NASA-UAP-D7, Skylab Techincal Crew Debriefing 1973
Page 9
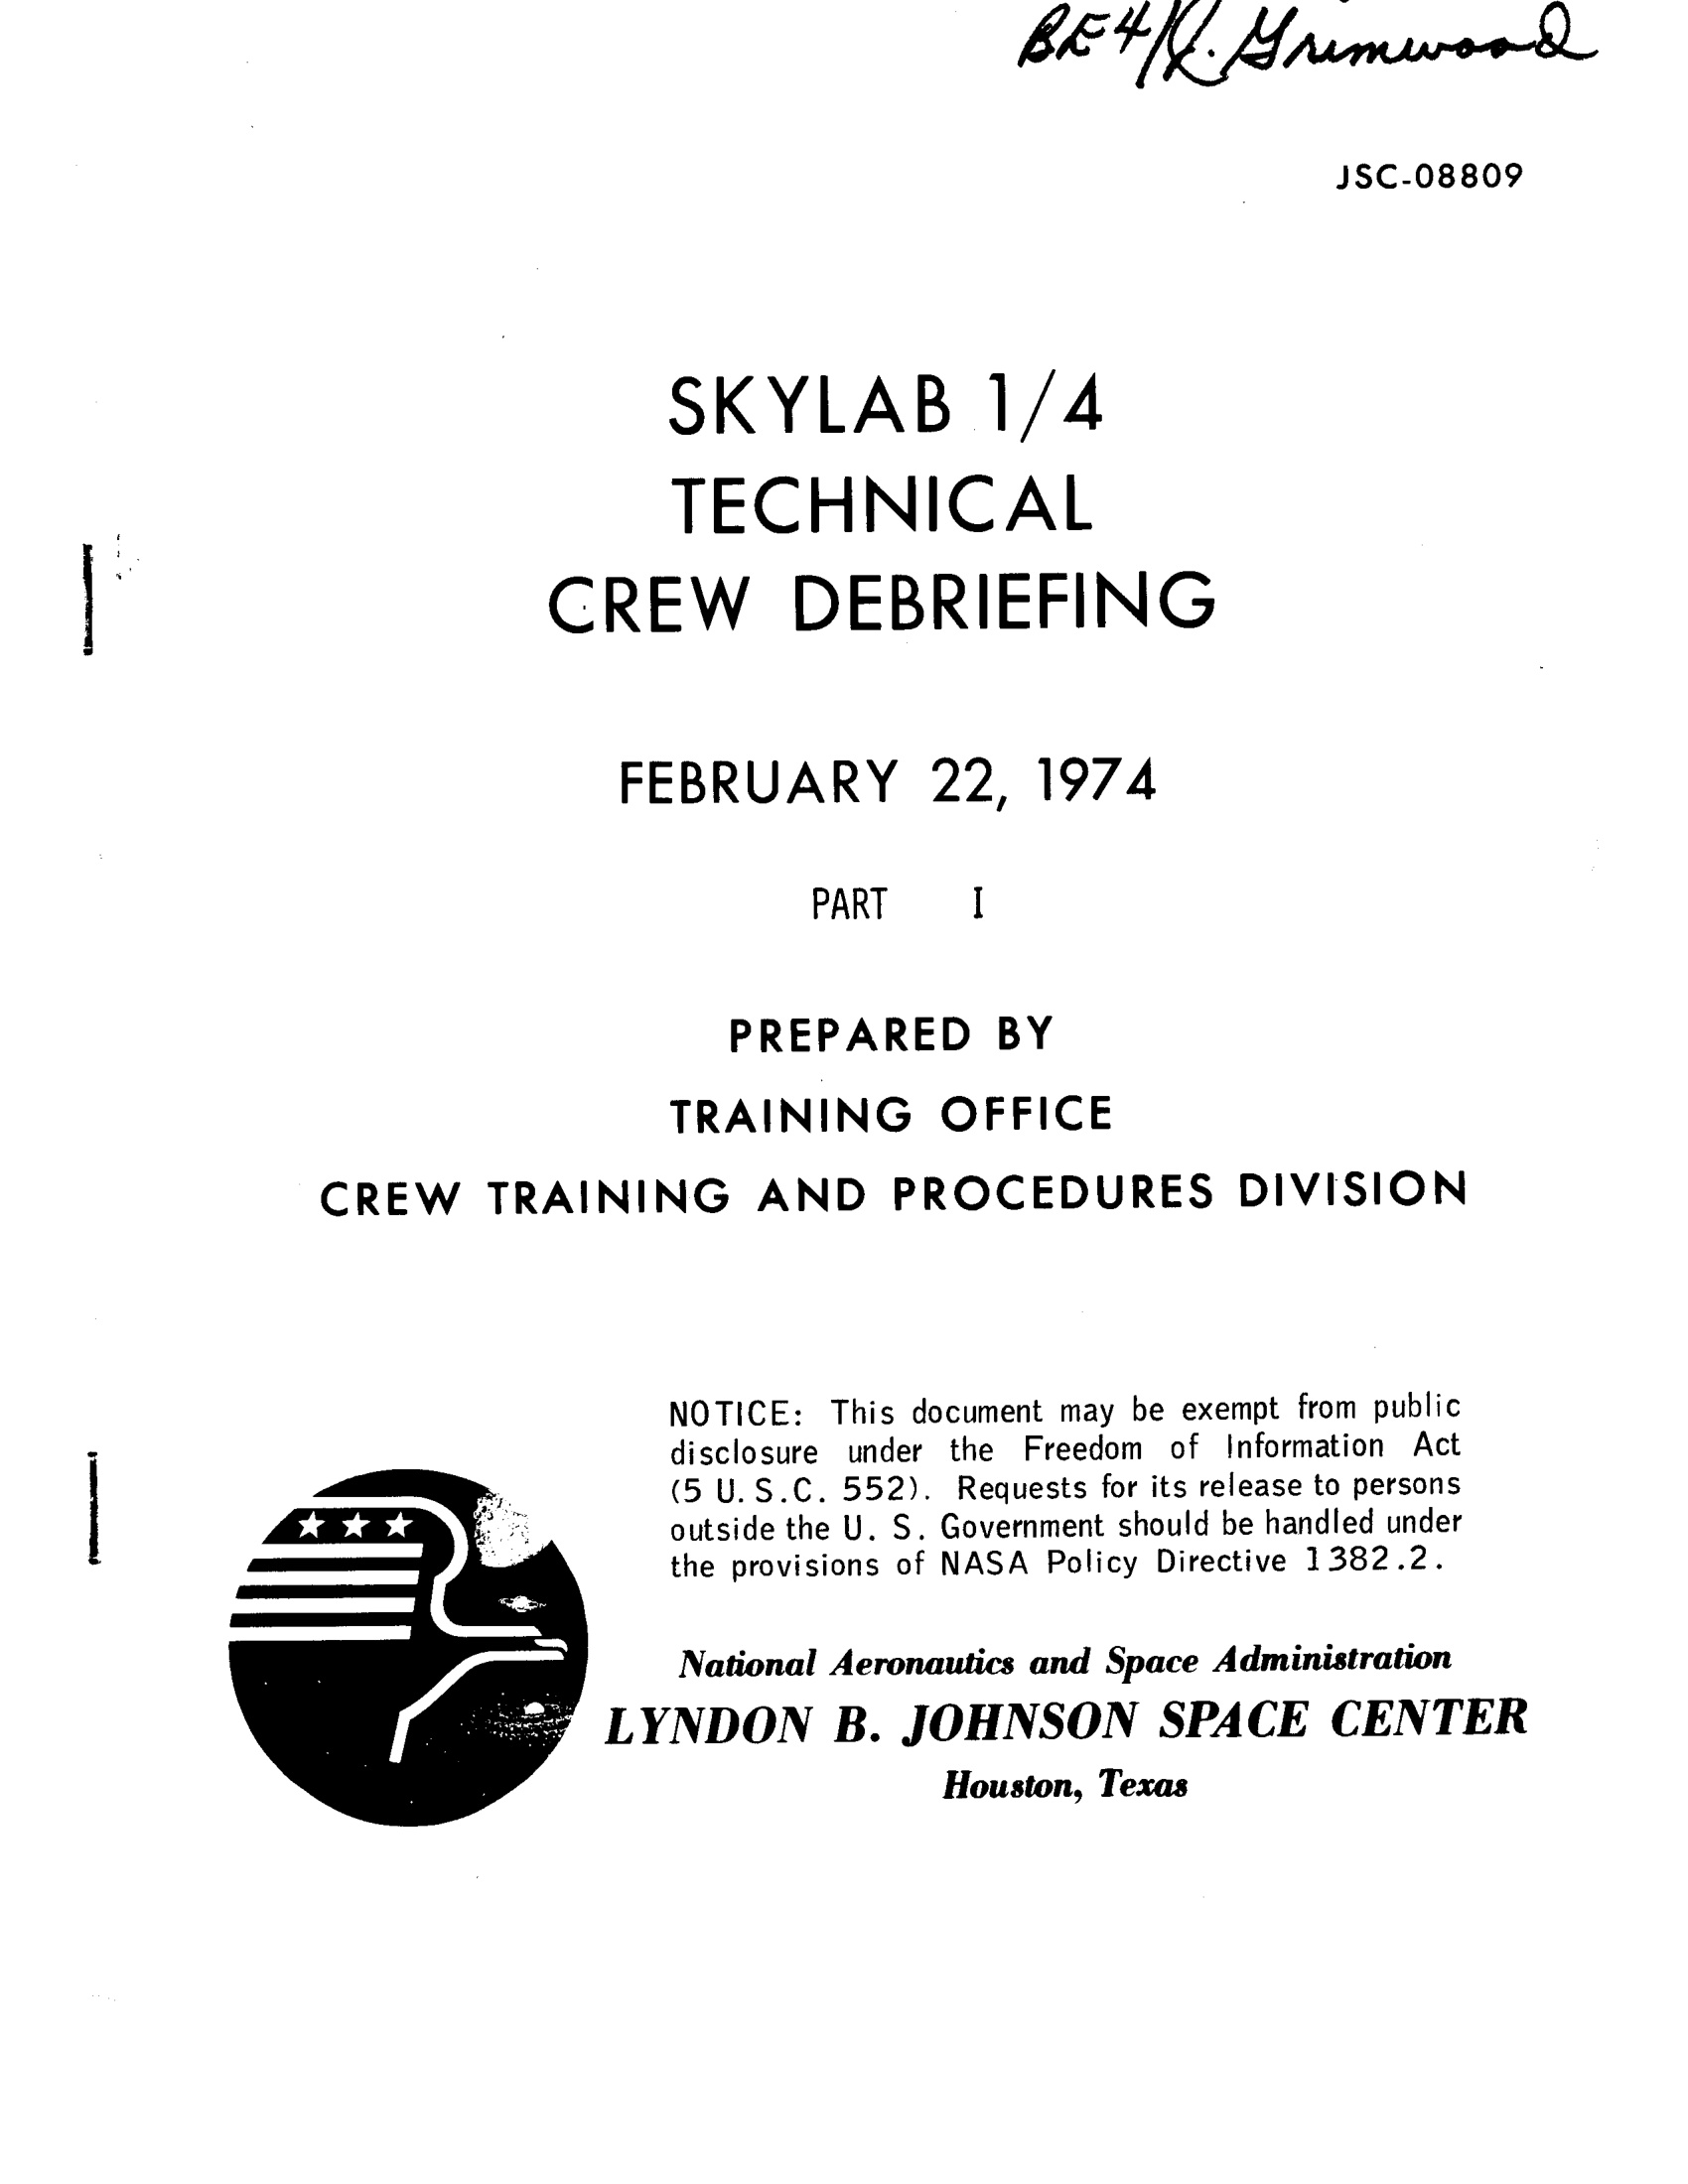